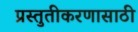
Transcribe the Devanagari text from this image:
प्रस्तुतीकरणासाठी